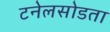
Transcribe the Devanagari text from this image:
टनेलसोडता